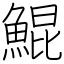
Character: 鯤